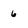
Character: 6